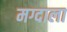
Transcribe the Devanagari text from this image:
मग्दाला